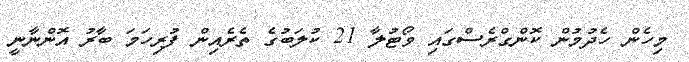
މިހެން ހެދުމުން ކޮންގްރެސްގައި ވޯޓުލާ 21 ކުލަބުގެ ތެރެއިން ފުރިހަމަ ބާރު އޮންނާނީ